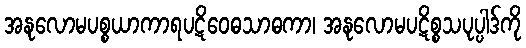
အနုလောမပစ္စယာကာရပဋိဝေဓသာဓကာ၊ အနုလောမပဋိစ္စသပုပ္ပါဒ်ကို